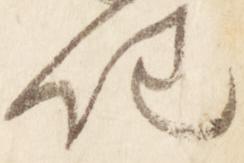
任